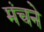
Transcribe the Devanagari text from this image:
मंचने